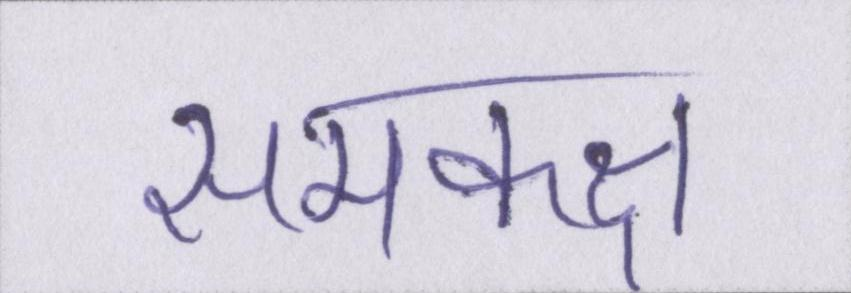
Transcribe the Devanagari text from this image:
समकक्ष